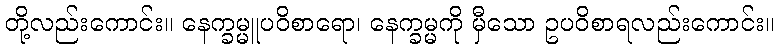
တို့လည်းကောင်း။ နေက္ခမ္မူပဝိစာရော၊ နေက္ခမ္မကို မှီသော ဥပဝိစာရလည်းကောင်း။